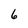
Character: 6